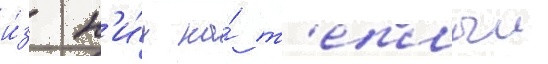
и́з н'и́х на́ т'еплыи